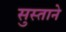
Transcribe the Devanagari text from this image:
सुस्ताने